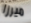
ميرزا